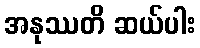
အနုဿတိ ဆယ်ပါး